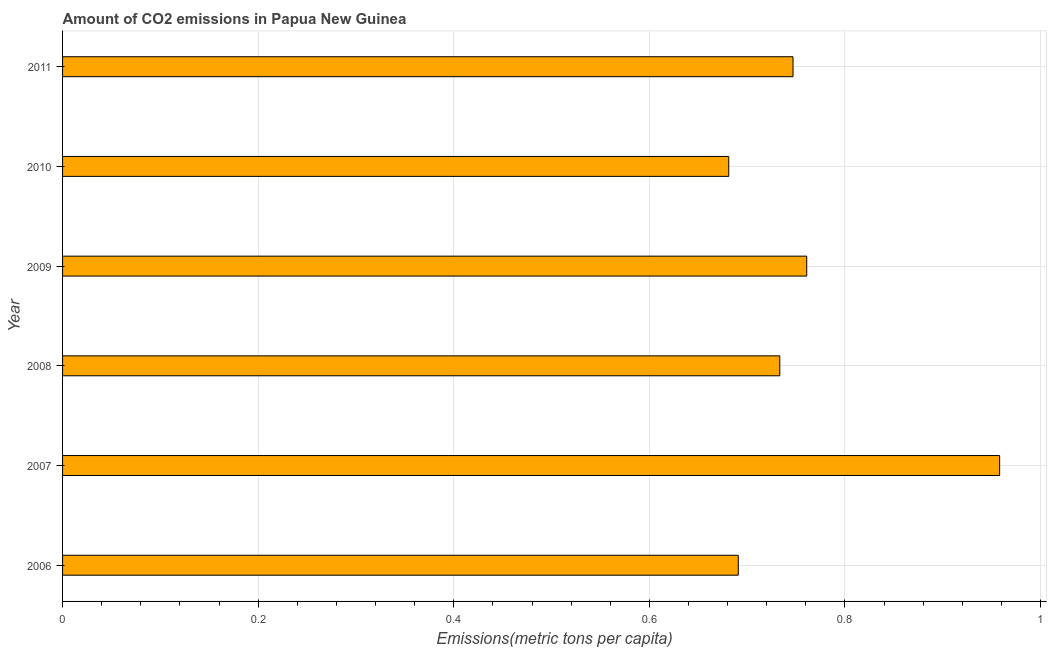
| Year | CO2 emissions |
 | --- | --- |
 | 2006 | 0.691 |
 | 2007 | 0.958 |
 | 2008 | 0.733 |
 | 2009 | 0.761 |
 | 2010 | 0.681 |
 | 2011 | 0.747 |